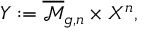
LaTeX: Y : = { \overline { { \mathcal { M } } } } _ { g , n } \times X ^ { n } ,